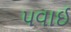
પવાઈ